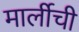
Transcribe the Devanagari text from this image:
मार्लीची